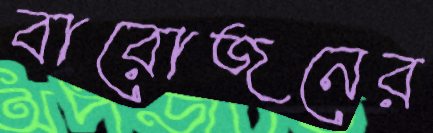
বারোজনের